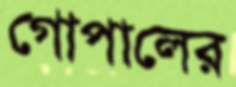
গোপালের